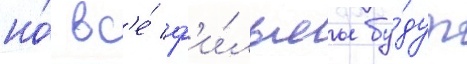
но́ вс'е́ ф'и́льмы бу́дут